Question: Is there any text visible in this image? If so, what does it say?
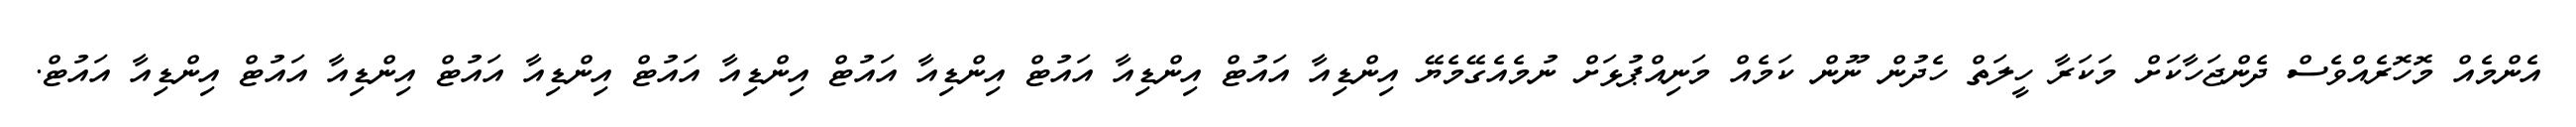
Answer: އެންމެއް މޮހޮރެއްވެސް ދެންޖަހާކަށް މަކަރާ ހީލަތް ހެދުން ނޫން ކަމެއް މަނިއްޕުޅަށް ނުމެއެގޭމެޔޭ އިންޑިއާ އައުޓް އިންޑިއާ އައުޓް އިންޑިއާ އައުޓް އިންޑިއާ އައުޓް އިންޑިއާ އައުޓް އިންޑިއާ އައުޓް އިންޑިއާ އައުޓް.